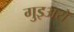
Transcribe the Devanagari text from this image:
गुइअरो